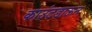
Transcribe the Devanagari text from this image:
काउंटडाऊन